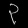
Digit: ၃